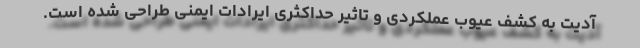
آدیت به کشف عیوب عملکردی و تاثیر حداکثری ایرادات ایمنی طراحی شده است.